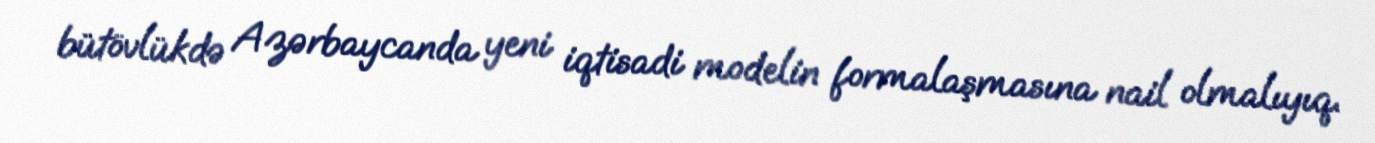
bütövlükdə Azərbaycanda yeni iqtisadi modelin formalaşmasına nail olmalıyıq.